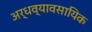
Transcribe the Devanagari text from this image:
अर्धव्यावसायिक